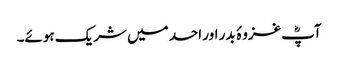
آپؓ غزوۂ بدر اور احد میں شریک ہوئے۔